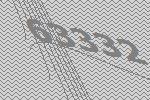
63332